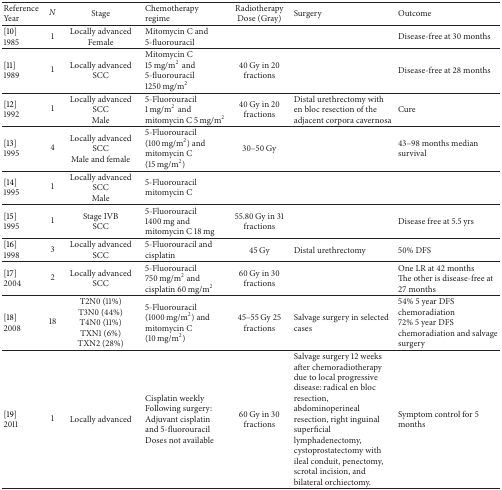
<table><thead><tr><td><b>Reference Year</b></td><td><b><i>N </i></b></td><td><b>Stage</b></td><td><b>Chemotherapy regime</b></td><td><b>RadiotherapyDose (Gray)</b></td><td><b>Surgery</b></td><td><b>Outcome</b></td></tr></thead><tbody><tr><td>[10] 1985</td><td>1</td><td>Locally advanced Female</td><td>Mitomycin C and 5-fluorouracil</td><td> </td><td> </td><td>Disease-free at 30 months</td></tr><tr><td>[11] 1989</td><td>1</td><td>Locally advanced SCC</td><td>Mitomycin C 15 mg/m<sup>2</sup>and 5-fluorouracil 1250 mg/m<sup>2</sup></td><td>40 Gy in 20 fractions</td><td> </td><td>Disease-free at 28 months</td></tr><tr><td>[12] 1992</td><td>1</td><td>Locally advanced SCC Male</td><td>5-Fluorouracil 1 mg/m<sup>2</sup>and mitomycin C 5 mg/m<sup>2</sup></td><td>40 Gy in 20 fractions</td><td>Distal urethrectomy with en bloc resection of the adjacent corpora cavernosa</td><td>Cure</td></tr><tr><td>[13] 1995</td><td>4</td><td>Locally advanced SCC Male and female</td><td>5-Fluorouracil (100 mg/m<sup>2</sup>) and mitomycin C (15 mg/m<sup>2</sup>)</td><td>30–50 Gy</td><td> </td><td>43–98 months median survival</td></tr><tr><td>[14] 1995</td><td>1</td><td>Locally advanced SCC Male</td><td>5-Fluorouracil mitomycin C</td><td> </td><td> </td><td> </td></tr><tr><td>[15] 1995</td><td>1</td><td>Stage IVB SCC</td><td>5-Fluorouracil 1400 mg and mitomycin C 18 mg</td><td>55.80 Gy in 31 fractions</td><td> </td><td>Disease free at 5.5 yrs</td></tr><tr><td>[16]1998</td><td>3</td><td>Locally advanced SCC</td><td>5-Fluorouracil and cisplatin</td><td>45 Gy</td><td>Distal urethrectomy</td><td>50% DFS</td></tr><tr><td>[17] 2004</td><td>2</td><td>Locally advanced SCC</td><td>5-Fluorouracil 750 mg/m<sup>2</sup> and cisplatin 60 mg/m<sup>2</sup></td><td>60 Gy in 30 fractions</td><td> </td><td>One LR at 42 monthsThe other is disease-free at 27 months</td></tr><tr><td>[18] 2008</td><td>18</td><td>T2N0 (11%) T3N0 (44%) T4N0 (11%) TXN1 (6%) TXN2 (28%)</td><td>5-Fluorouracil (1000 mg/m<sup>2</sup>) and mitomycin C (10 mg/m<sup>2</sup>)</td><td>45–55 Gy 25 fractions</td><td>Salvage surgery in selected cases</td><td>54% 5 year DFS chemoradiation 72% 5 year DFS chemoradiation and salvage surgery</td></tr><tr><td>[19] 2011</td><td>1</td><td>Locally advanced</td><td>Cisplatin weekly Following surgery: Adjuvant cisplatin and 5-fluorouracil Doses not available</td><td>60 Gy in 30 fractions</td><td>Salvage surgery 12 weeks after chemoradiotherapy due to local progressive disease: radical en bloc resection, abdominoperineal resection, right inguinal superficial lymphadenectomy, cystoprostatectomy with ileal conduit, penectomy, scrotal incision, and bilateral orchiectomy.</td><td>Symptom control for 5 months</td></tr></tbody></table>